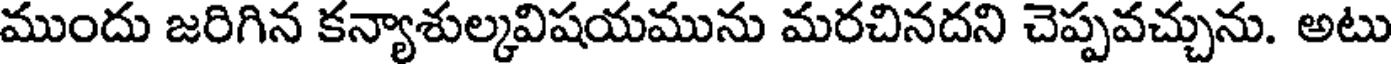
ముందు జరిగిన కన్యాశుల్కవిషయమును మరచినదని చెప్పవచ్చును. అటు